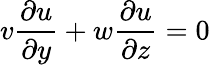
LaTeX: v{\frac{\partial u}{\partial y}}+w{\frac{\partial u}{\partial z}}=0